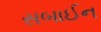
સબાઈન